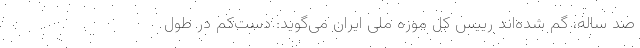
صد ساله، گم شده‌اند رییس کل موزه ملی ایران می‌گوید: دست‌کم در طول